Riigikantselei, lk 22
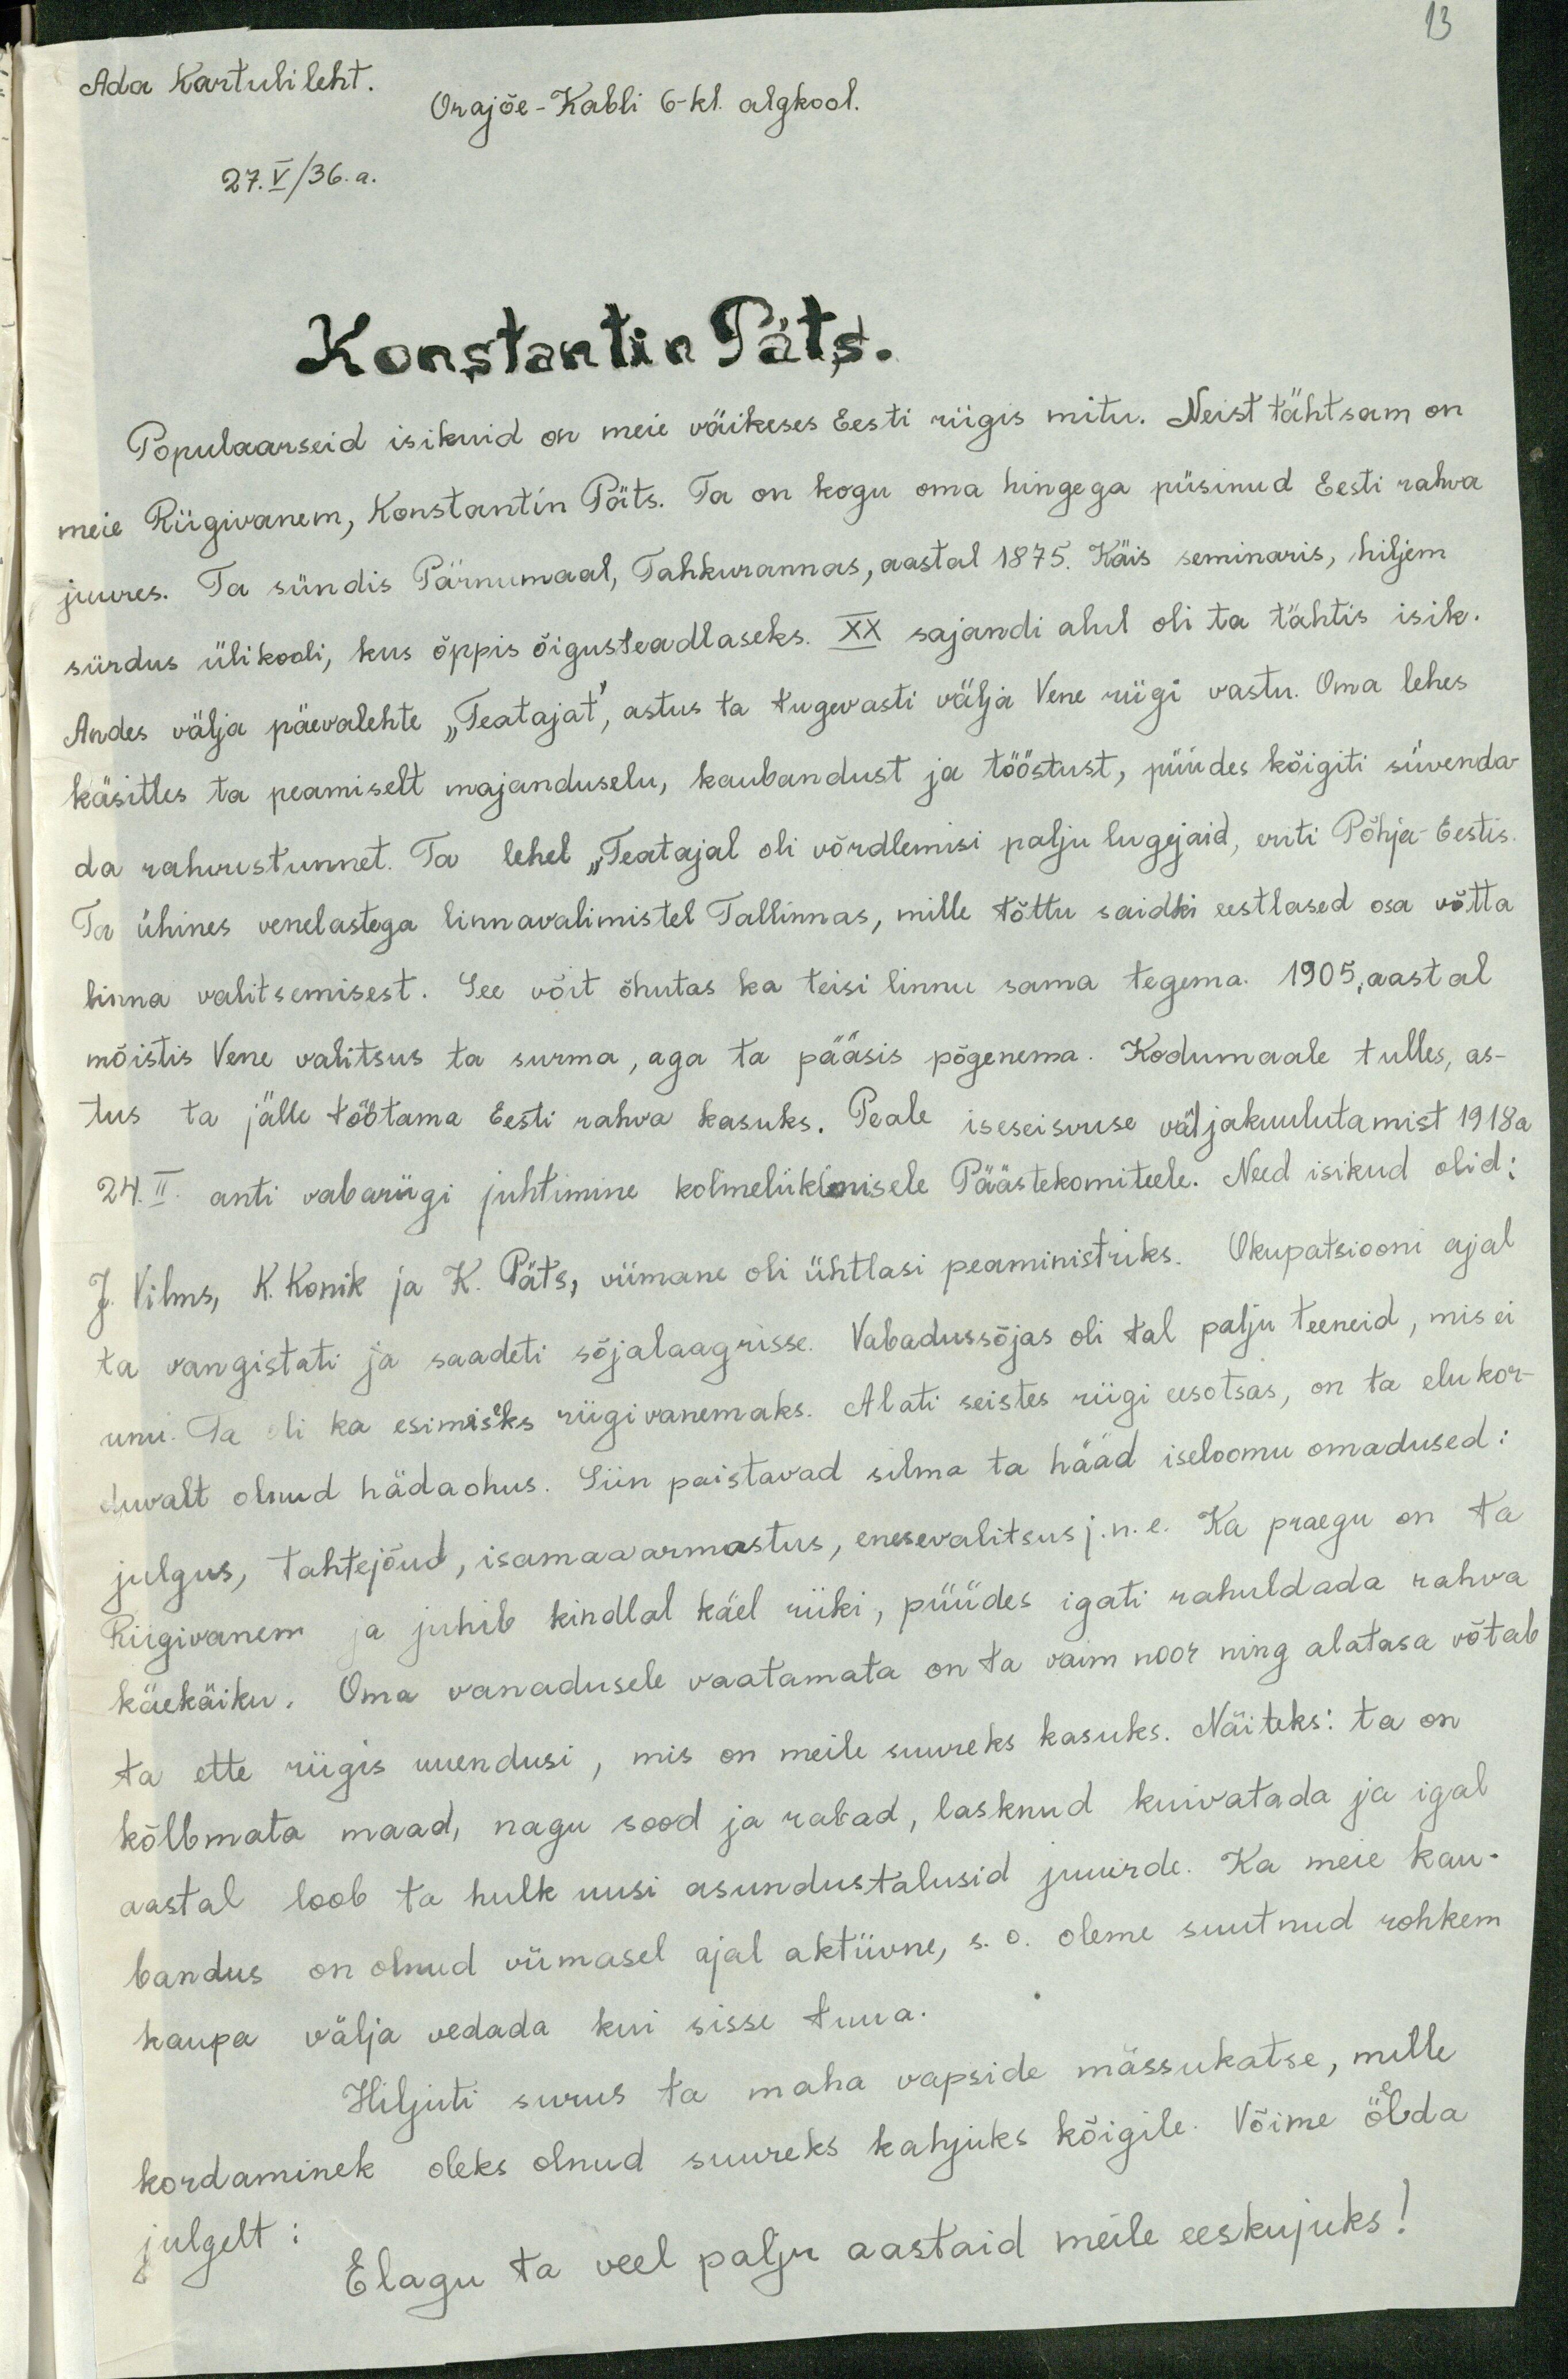
13
Ada Kartulileht.
Orajõe-Kabli 6-kl. algkool.
27.V/36.a.
Konstantin Päts.
Populaarseid isikuid on meie väikeses Eesti riigis mitu. Neist tähtsam on
meie Riigivanem, Konstantin Päts. Ta on kogu oma hingega püsinud Eesti rahva
juures. Ta sündis Pärnumaal, Tahkurannas, aastal 1875. Käis seminaris, hiljem
siirdus ülikooli, kus õppis õigusteadlaseks. XX sajandi alul oli ta tähtis isik.
Andes välja päevalehte "Teatajat", astus ta tugevasti väija Vene riigi vastu oma lehes
käsitles ta peamiselt majanduselu, kaubandust ja tööstust, püüdes kõigiti süvenda-
da rahvustunnet. Ta lehel „Teatajal oli võrdlemisi palju lugejaid, eriti Põhja Eestis.
Ta ühines venelastega linnavalimistel Tallinnas, mille tõttu saidki eestlased osa võtta
linna valitsemisest. See võit õhutas ka teisi linnu sama tegema. 1905. aastal
mõistis Vene valitsus ta surma, aga ta pääsis põgenema. Kodumaale tulles, as-
tus ta jälle töötama Eesti rahva kasuks. Peale iseseisvuse väljakuulutamist 1918a.
24. II. anti vabariigi juhtimine kolmeliikimisele Päästekomiteele. Need isikud olid:
J. Vilms, K. Konik ja K. Päts, viimane oli ühtlasi peaministriks. Okupatsiooni ajal
ta vangistati ja saadeti sõjalaagrisse. Vabadussõjas oli tal palju teeneid, mis ei
unu. Ta oli ka esimeseks riigivanemaks. Alati seistes riigi eesotsas, on ta elu kor-
duvalt olnud hädaohus. Siin paistavad silma ta hääd iseloomu omadused:
julgus, tahtejõud, isamaaarmastus, enesevalitsus j.n.e. Ka praegu on ta
Riigivanem ja juhib kindlal käel riiki, püüdes igati rahuldada rahva
käekäiku. Oma vanadusele vaatamata on ta vaim noor ning alatasa võtab
ta ette riigis uuendusi, mis on meile suureks kasuks. Näiteks: ta on
kõlbmata maad, nagu sood ja rabad, lasknud kuivatada ja igal
aastal loob ta hulk uusi asundustalusid juurde. Ka meie kau-
bandus on olnud viimasel ajal aktiivne, s.o. oleme suutnud rohkem
kaupa välja vedada kui sisse tuua.
Hiljuti surus ta maha vapside mässukatse, mille
kordaminek oleks olnud suureks kahjuks kõigile. Võime öelda
julgelt:
Elagu ta veel palju aastaid meile eeskujuks!